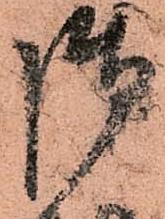
御